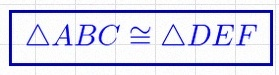
\triangle ABC\cong\triangle DEF